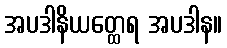
အပဒါနိယတ္ထေရ အပဒါန။